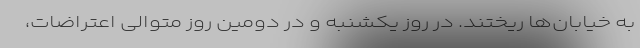
به خیابان‌ها ریختند. در روز یکشنبه و در دومین روز متوالی اعتراضات،